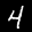
Label: 4